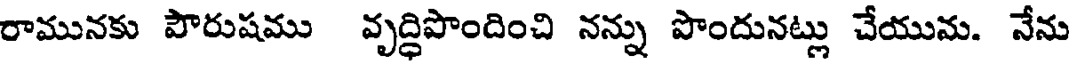
రామునకు పౌరుషము వృద్ధిపొందించి నన్ను పొందునట్లు చేయుమ. నేను